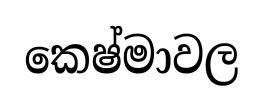
කෙෂ්මාවල